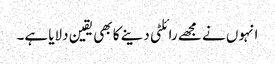
انہوں نے مجھے رائلٹی دینے کا بھی یقین دلایا ہے۔